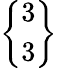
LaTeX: \left\{ \begin{array}{l}{3}\\ {3}\end{array}\right\}